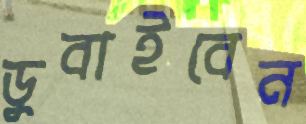
ডুবাইবেন